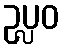
ဥပ္လဝ